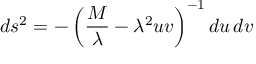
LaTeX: d s ^ { 2 } = - \left( { \frac { M } { \lambda } } - \lambda ^ { 2 } u v \right) ^ { - 1 } d u \, d v